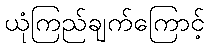
ယုံကြည်ချက်ကြောင့်